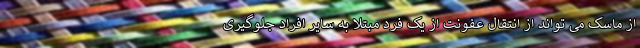
از ماسک می تواند از انتقال عفونت از یک فرد مبتلا به سایر افراد جلوگیری